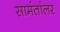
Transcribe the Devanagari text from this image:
सामंतांलर